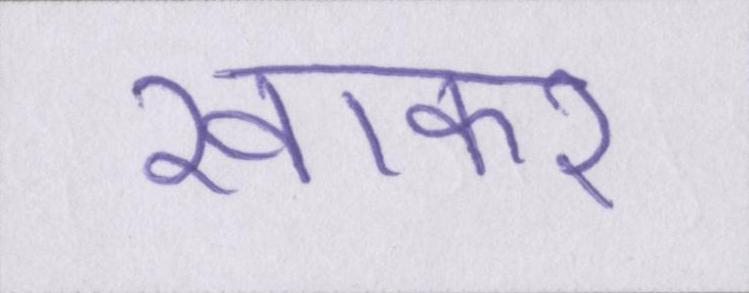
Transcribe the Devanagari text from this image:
खाकर